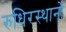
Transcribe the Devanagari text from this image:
रुधिरस्थानों